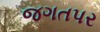
જગતપર